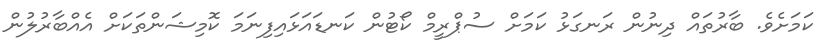
ކަމަށެވެ. ބާރުތައް ދިނުން ރަނގަޅު ކަމަށް ސުޕްރީމް ކޯޓުން ކަނޑައަޅައިފިނަމަ ކޮމިޝަންތަކަށް އެއްބާރުލުން